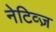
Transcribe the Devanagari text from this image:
नेटिव्ज़